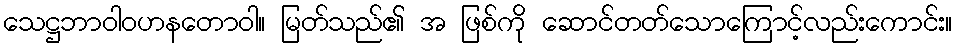
သေဋ္ဌဘာဝါဝဟနတောဝါ။ မြတ်သည်၏ အ ဖြစ်ကို ဆောင်တတ်သောကြောင့်လည်းကောင်း။